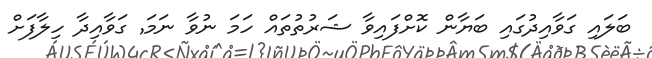
ބަލައި ގަވާއިދުގައި ބަޔާން ކޮށްފައިވާ ޝަރުތުތައް ހަމަ ނުވާ ނަމަ